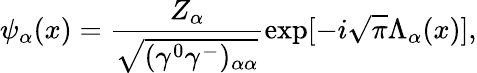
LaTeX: {\psi}_{\alpha}(x)=\frac{Z_{\alpha}}{\sqrt{({\gamma}^{0}{\gamma}^{-})_{{\alpha}{\alpha}}}}\mathrm{exp}[-i\sqrt{\pi}{\Lambda}_{\alpha}(x)],